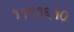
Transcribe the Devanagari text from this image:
११२१६१०